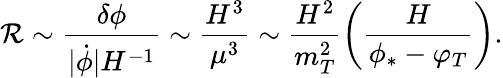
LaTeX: {\cal R}\sim\frac{\delta\phi}{\vert\dot{\phi}\vert H^{-1}}\sim\frac{H^{3}}{\mu^{3}}\sim\frac{H^{2}}{m_{T}^{2}}\left(\frac{H}{\phi_{\ast}-\varphi_{T}}\right).